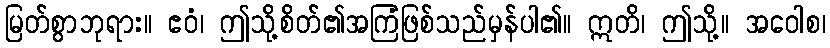
မြတ်စွာဘုရား။ ဧဝံ၊ ဤသို့စိတ်၏အကြံဖြစ်သည်မှန်ပါ၏။ ဣတိ၊ ဤသို့။ အဝေါစ၊